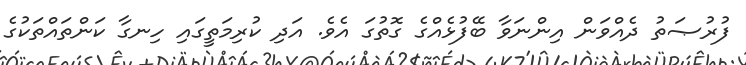
ފުރުޞަތު ދެއްވަން އިންނަވާ ބޭފުޅެއްގެ ގޮތުގަ އެވެ. އަދި ކުރިމަތީގައި ހިނގާ ކަންތައްތަކުގެ